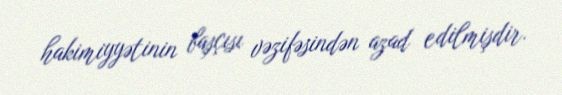
hakimiyyətinin başçısı vəzifəsindən azad edilmişdir.